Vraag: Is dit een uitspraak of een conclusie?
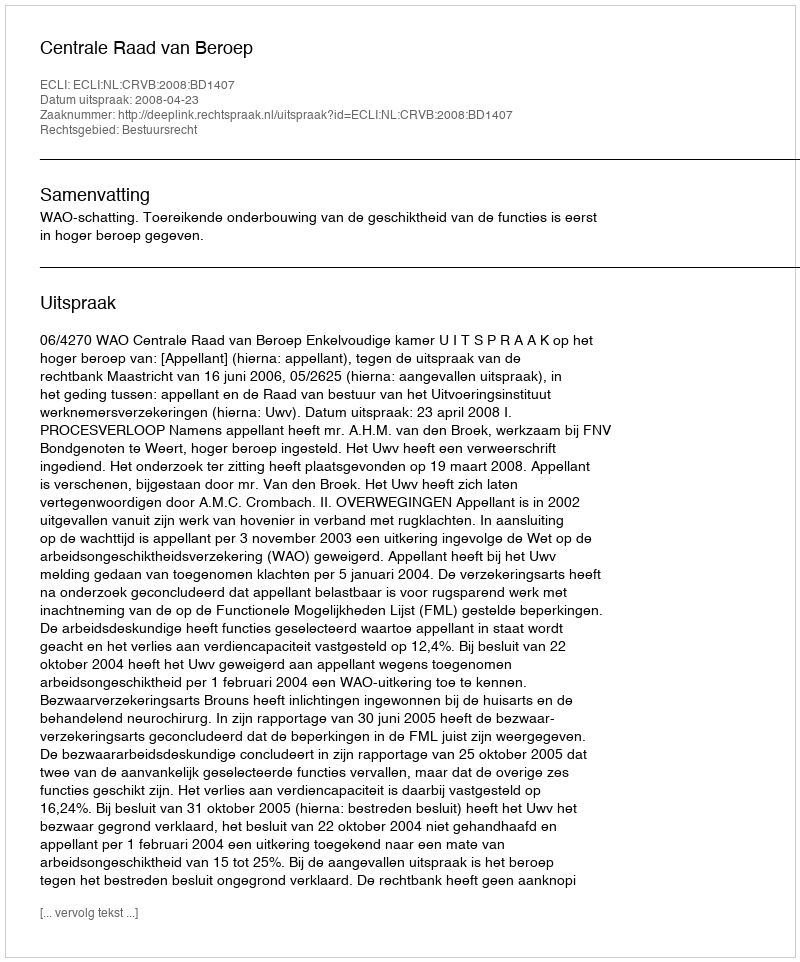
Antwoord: Uitspraak